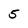
Character: 5